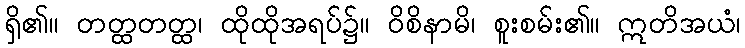
ရှိ၏။ တတ္ထတတ္ထ၊ ထိုထိုအရပ်၌။ ဝိစိနာမိ၊ စူးစမ်း၏။ ဣတိအယံ၊